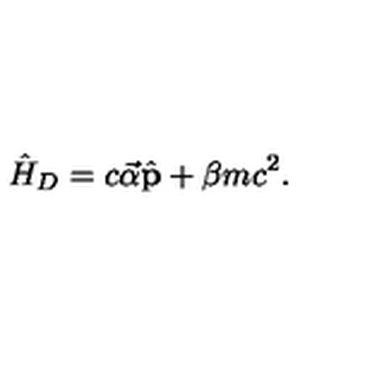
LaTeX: \hat { H } _ { D } = c \vec { \alpha } \hat { \bf p } + \beta m c ^ { 2 } .